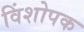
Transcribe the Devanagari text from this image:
विंशोपक